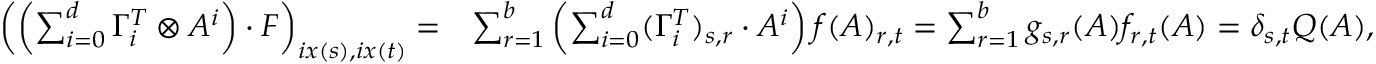
\begin{array} { r l } { \left( \left( \sum _ { i = 0 } ^ { d } \Gamma _ { i } ^ { T } \otimes A ^ { i } \right) \cdot F \right) _ { i x ( s ) , i x ( t ) } = } & { \sum _ { r = 1 } ^ { b } \left( \sum _ { i = 0 } ^ { d } ( \Gamma _ { i } ^ { T } ) _ { s , r } \cdot A ^ { i } \right) f ( A ) _ { r , t } = \sum _ { r = 1 } ^ { b } g _ { s , r } ( A ) f _ { r , t } ( A ) = \delta _ { s , t } Q ( A ) , } \end{array}